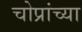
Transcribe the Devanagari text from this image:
चोप्रांच्या